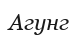
Агунг